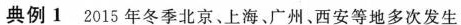
典例1 2015年冬季北京、上海；广州、西安等地多次发生